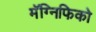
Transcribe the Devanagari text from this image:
मॅग्निफिको